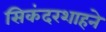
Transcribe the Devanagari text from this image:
सिकंदरशाहने